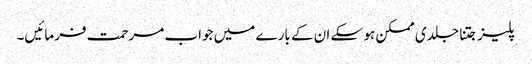
پلیز جتنا جلدی ممکن ہو سکے ان کے بارے میں جواب مرحمت فرمائیں۔